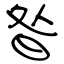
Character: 昝